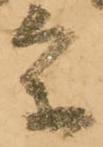
参